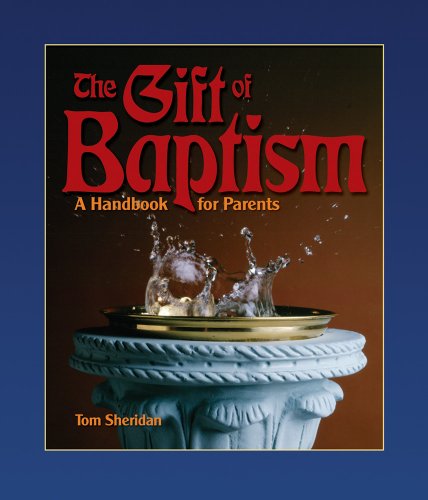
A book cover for The Gift of Baptism: A Handbook for Parents (Sacramental Preparation); Tom Sheridan; Christian Books & Bibles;